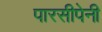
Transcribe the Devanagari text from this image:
पारसीपेनी